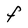
Character: F